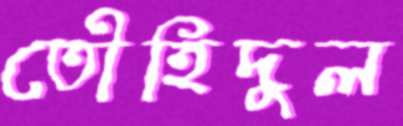
তৌহিদুল